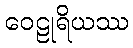
ဝေဠုရိယဿ